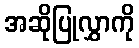
အဆိုပြုလွှာကို